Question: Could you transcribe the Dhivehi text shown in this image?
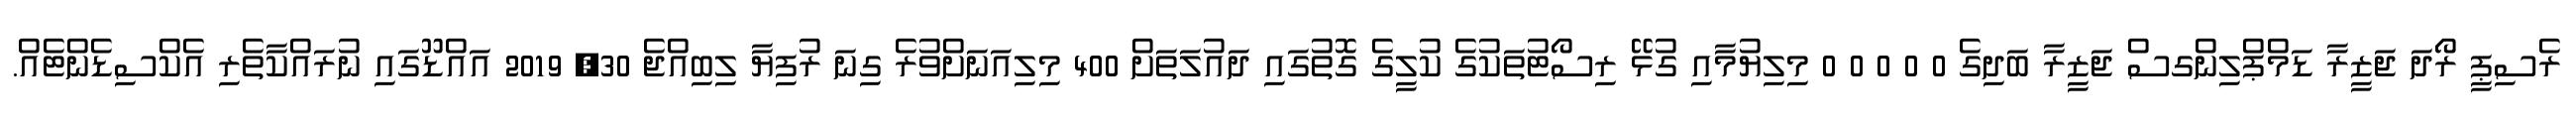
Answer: ރެސިޕީ ރޯދަ ޖަޒީރާ ޑަމްޕްލިންގސް ޖަޒީރާ ބަދިގެ 0 0 0 0 0 މިލިޔުމާއި ގުޅޭ ރިސޯޓުތަކުގެ ކުލީގެ ގޮތުގައި ދައުލަތަށް 400 މިލިއަނަށްވުރެ ގިނަ ރުފިޔާ ލިބިއްޖެ 30, 2019 އައްޑޫގައި ނުރައްކާތެރި އެކްސިޑެންޓެއް.